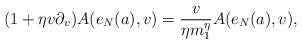
LaTeX: \begin{align*}(1+\eta v\partial_v)A(e_N(a),v)= {v \over\eta m_1^\eta} A(e_N(a),v),\end{align*}